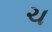
ચ